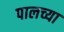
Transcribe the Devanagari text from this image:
पालच्या